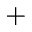
^ { + }